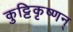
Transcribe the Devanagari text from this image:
कुट्टिकृष्णन्